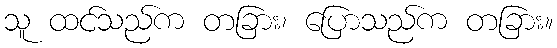
သူ ထင်သည်က တခြား၊ ပြောသည်က တခြား။